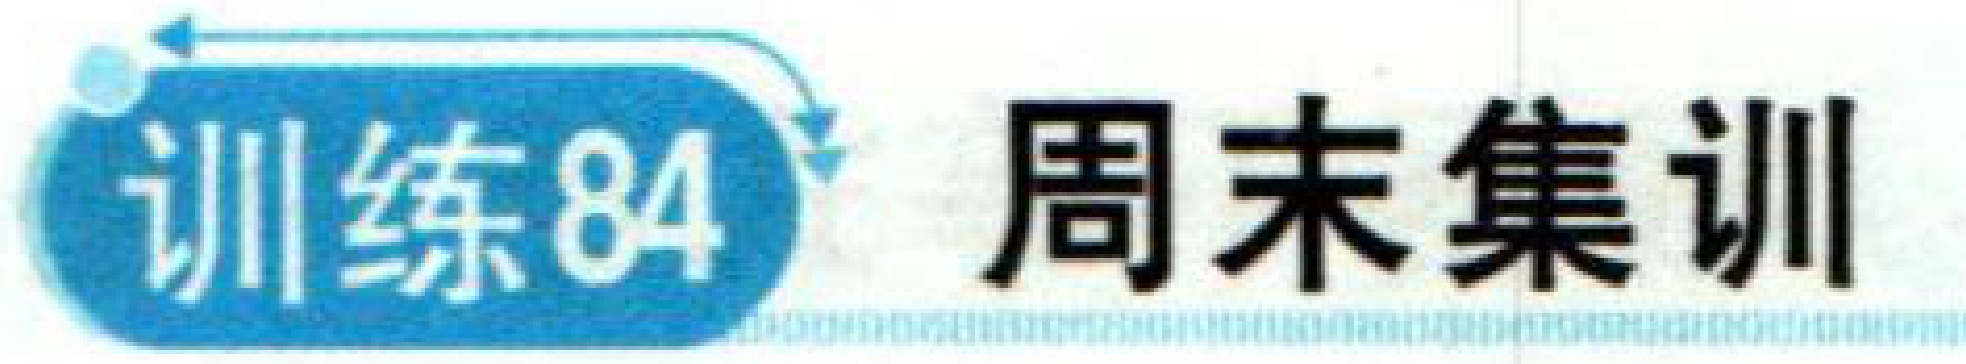
训练84 周末集训